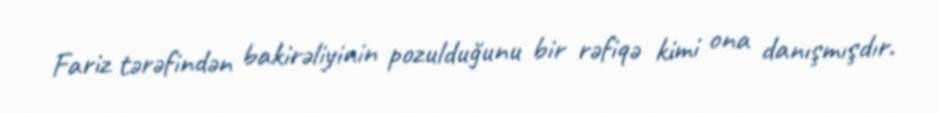
Fariz tərəfindən bakirəliyinin pozulduğunu bir rəfiqə kimi ona danışmışdır.